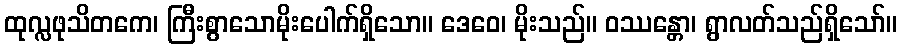
ထုလ္လဖုသိတကေ၊ ကြီးစွာသောမိုးပေါက်ရှိသော။ ဒေဝေ၊ မိုးသည်။ ဝဿန္တော၊ ရွာလတ်သည်ရှိသော်။